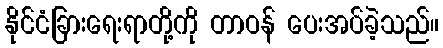
နိုင်ငံခြားရေးရာတို့ကို တာဝန် ပေးအပ်ခဲ့သည်။